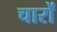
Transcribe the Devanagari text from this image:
चारों